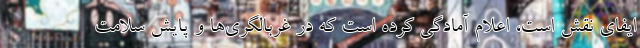
ایفای نقش است، اعلام آمادگی کرده است که در غربالگری‌ها و پایش سلامت